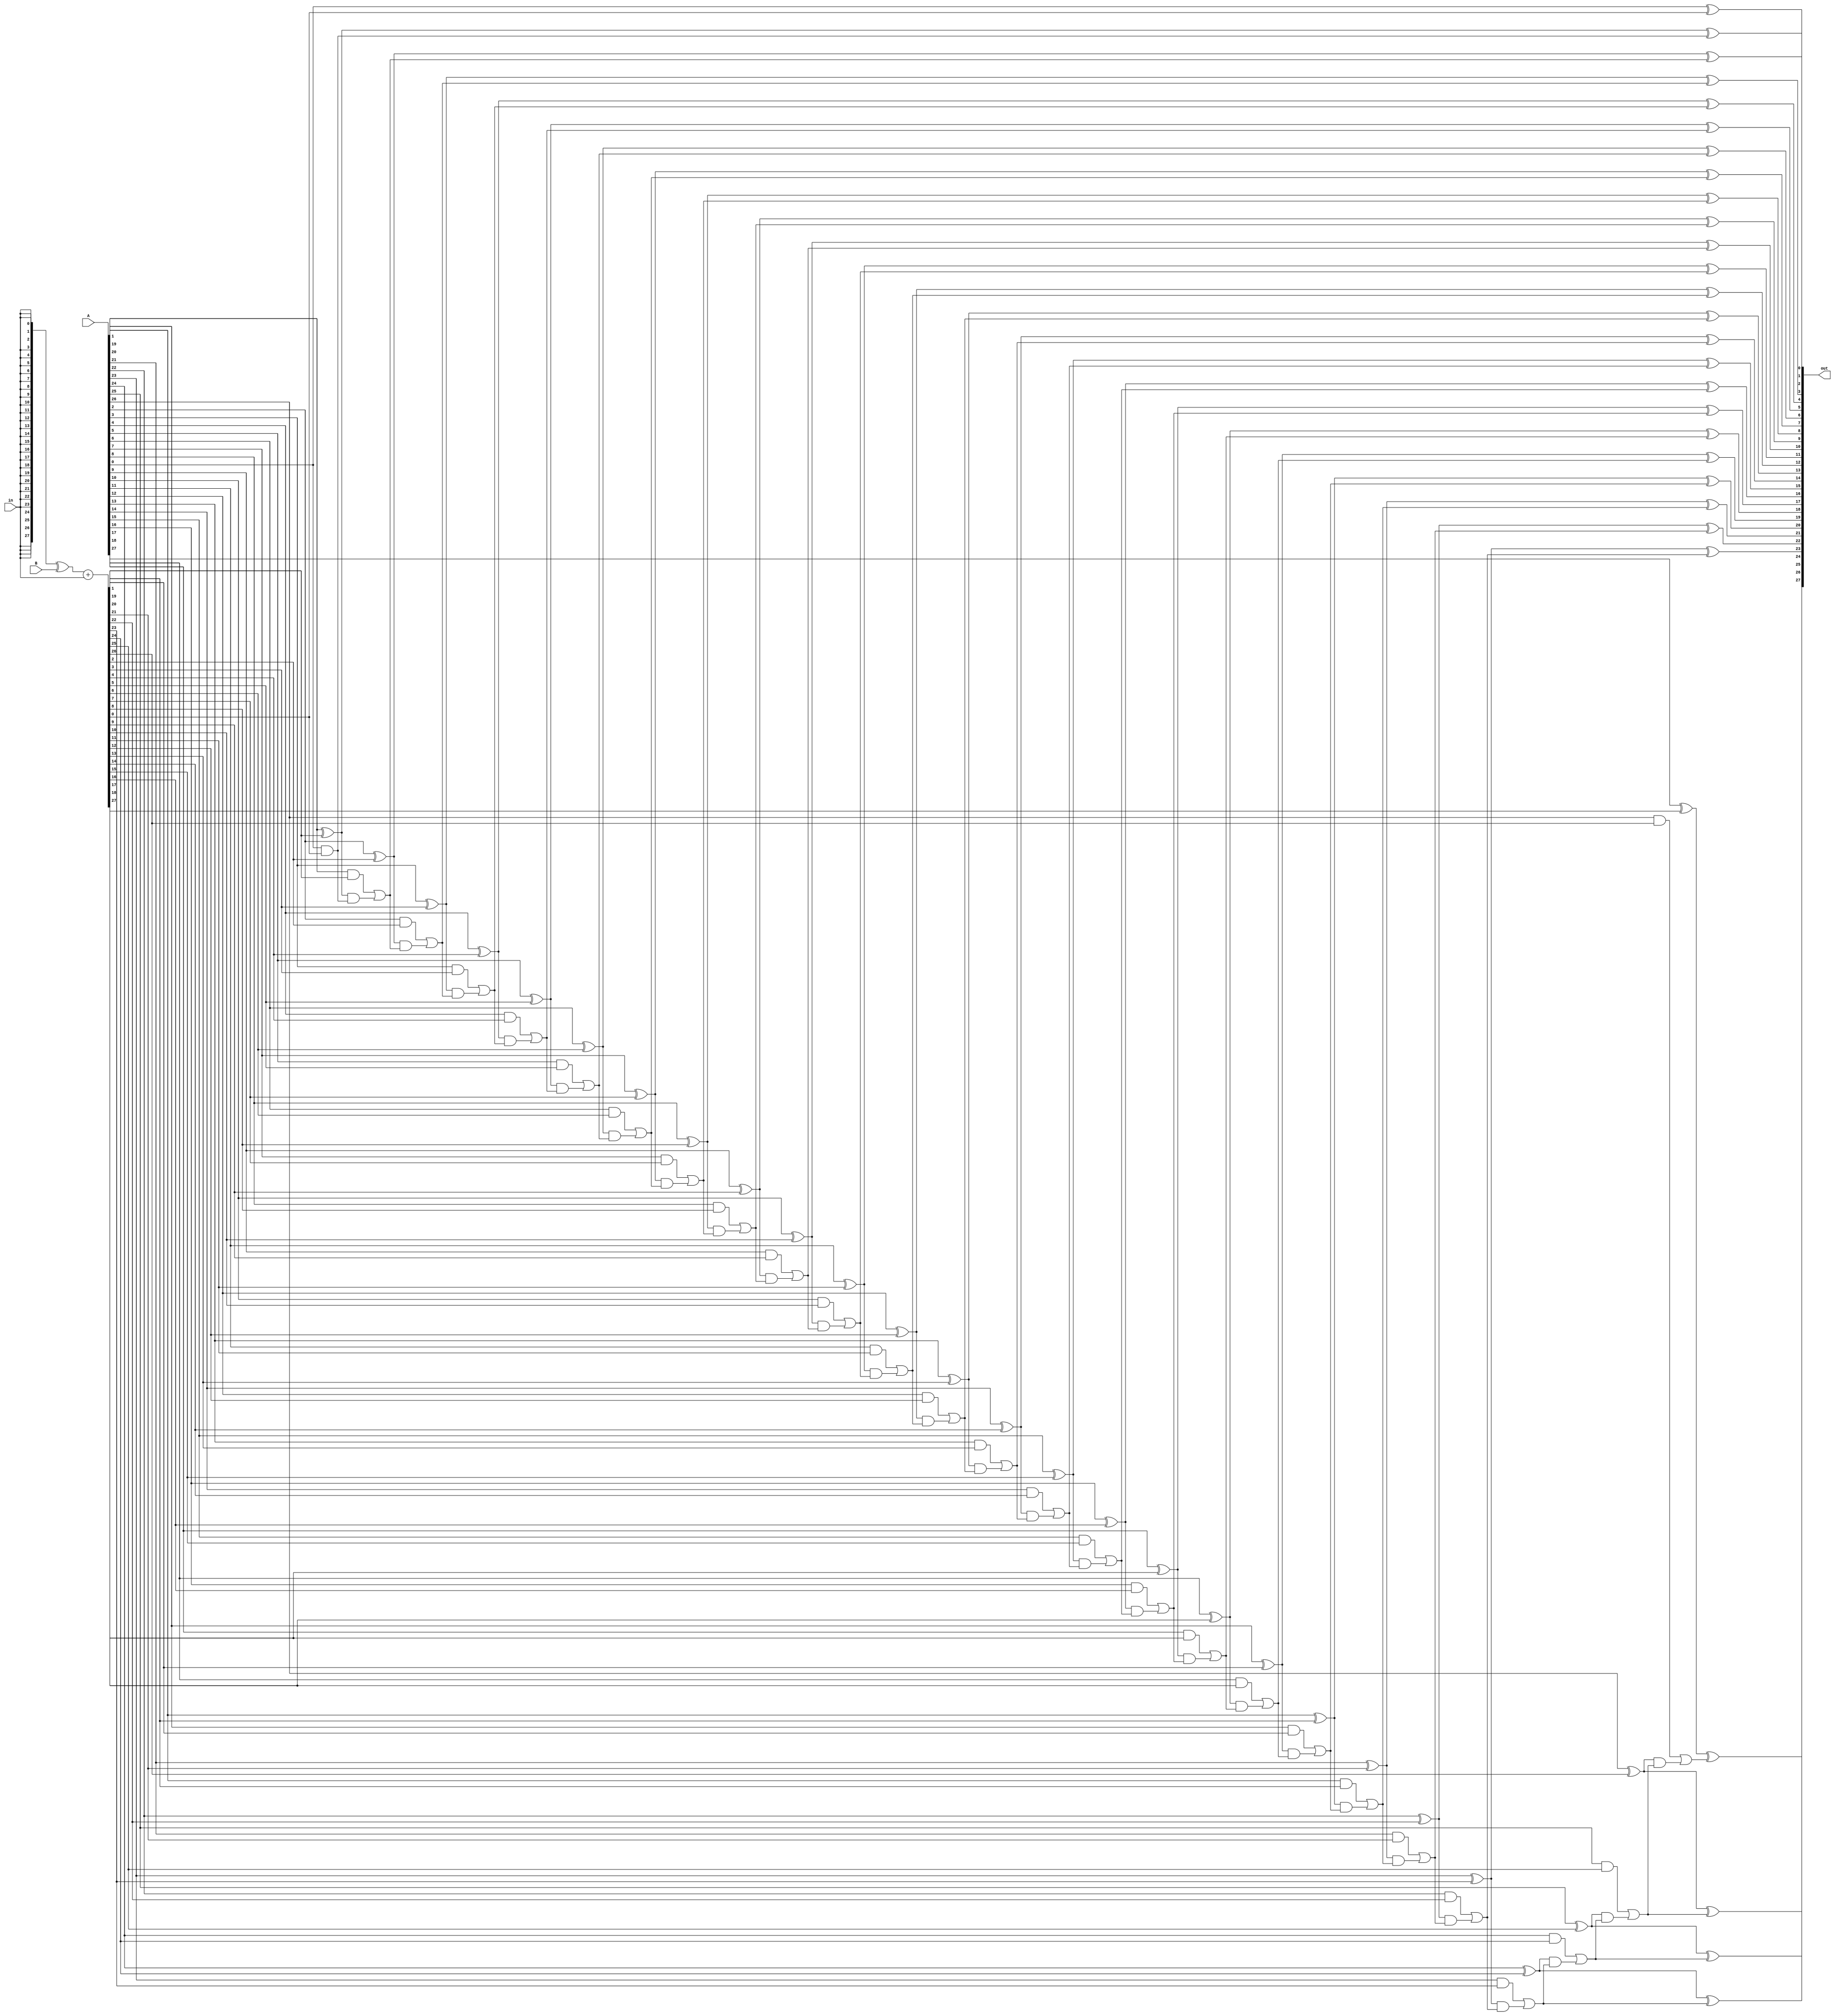
module cla28(out,in,A,B);//out=A-B=A+bu2(B)=A+[bu1(B)+1]

parameter WIDTH=27;

input      [WIDTH:0]A,B;
input in;//in=0:out=A+B;in=1:out=A-B

output [WIDTH:0]out;

reg [WIDTH+1:0]S;
wire [WIDTH:0]Bs;
reg [WIDTH+1:0] C;
reg [WIDTH:0] G,P;
integer ii;

assign Bs=({(WIDTH+1){in}}^(B))+in;
assign out=S[WIDTH:0];
 
always @* begin
  C[0] = 1'b0;
  for(ii=0;ii<=WIDTH;ii=ii+1) 
  begin
    G[ii] = A[ii] & Bs[ii];
    P[ii] = A[ii] ^ Bs[ii];
    C[ii+1] = G[ii] | (P[ii]&C[ii]);
    S[ii] = P[ii] ^ C[ii];
  end
  S[WIDTH+1] = in^C[WIDTH+1];
end
endmodule